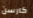
كارسن